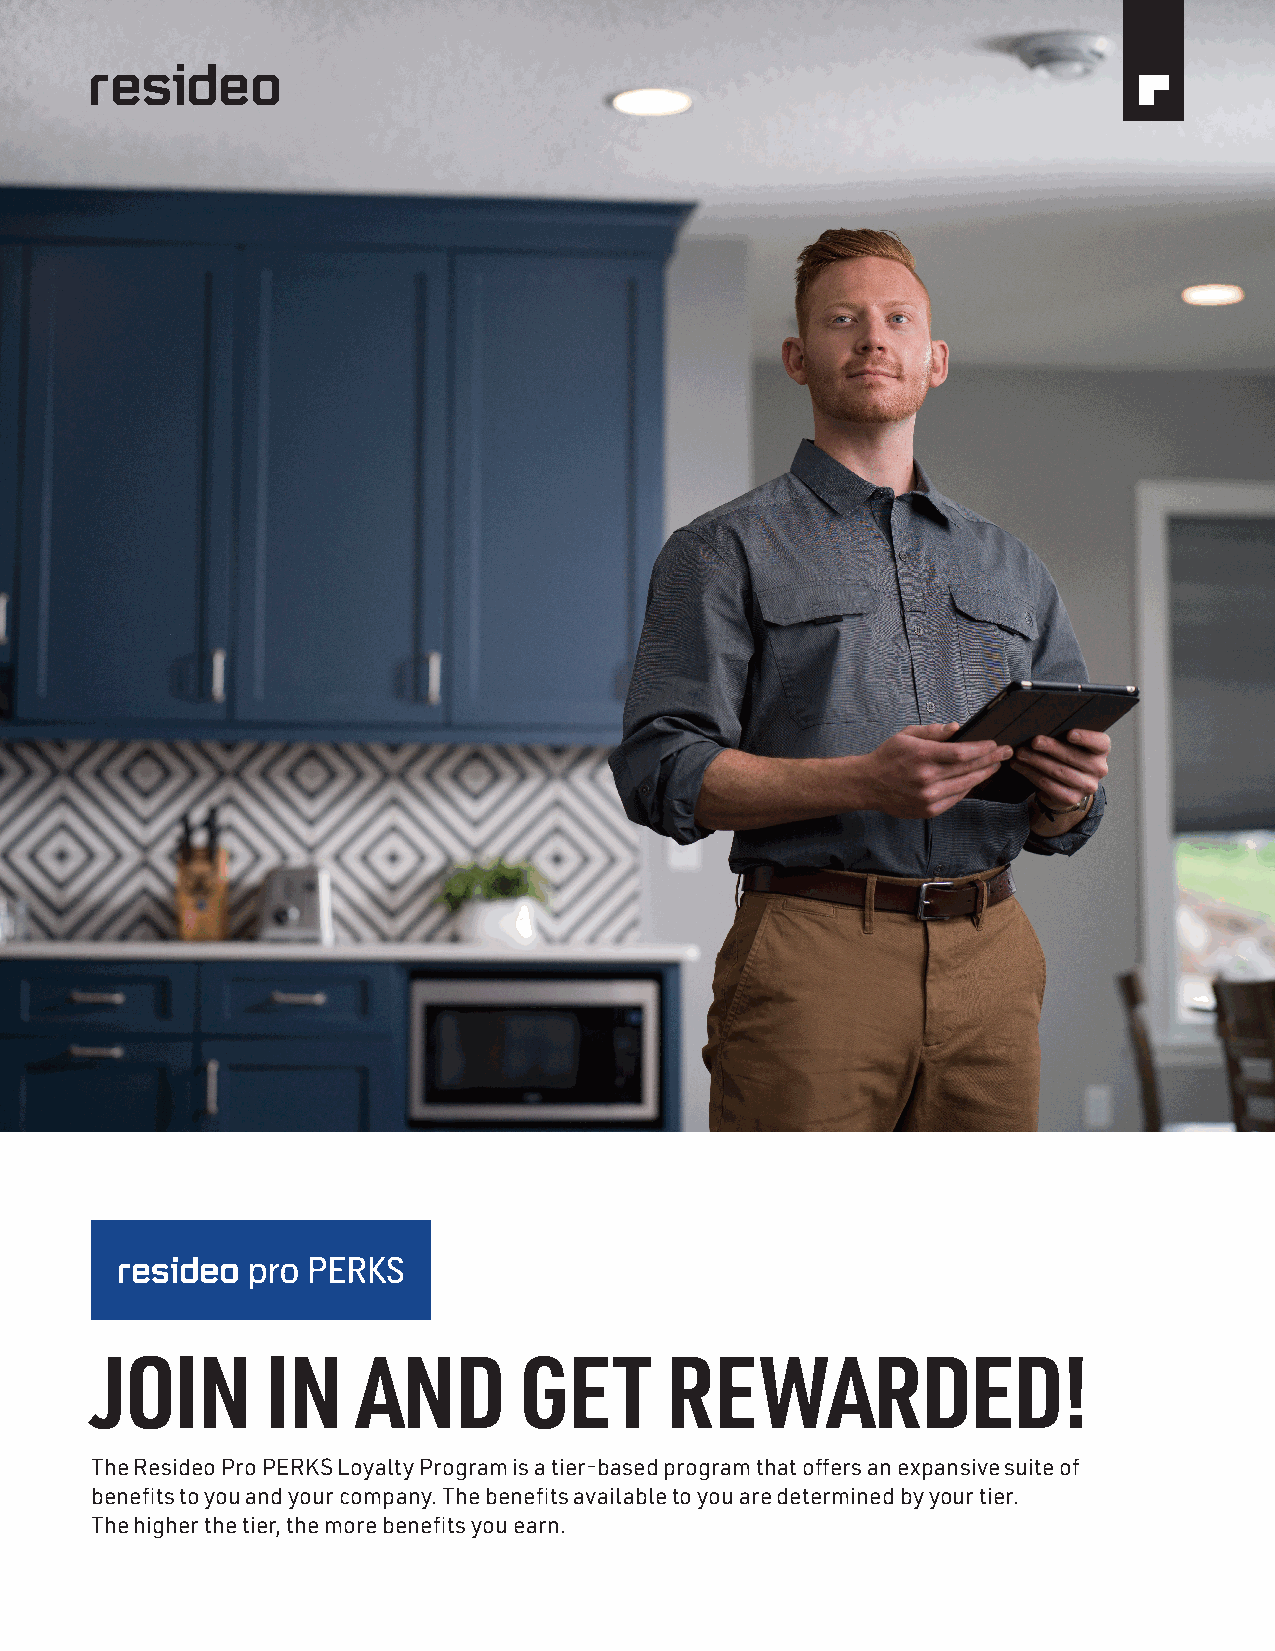
JOIN        IN    AND       GET       REWARDED!
 The Resideo Pro PERKS Loyalty Program is a tier-based program that offers an expansive suite of
 benefits to you and your company. The benefits available to you are determined by your tier.
 The higher the tier, the more benefits you earn.